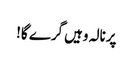
پرنالہ وہیں گرے گا!